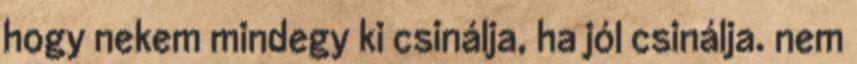
hogy nekem mindegy ki csinálja, ha jól csinálja. nem